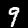
Label: 9